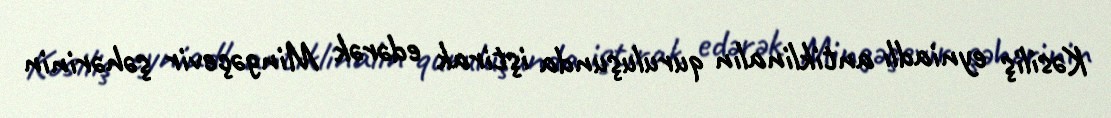
Kəsiliş eyniadlı antiklinalın quruluşunda iştirak edərək Mingəçevir şəhərinin